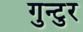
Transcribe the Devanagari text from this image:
गुन्टुर